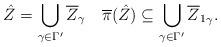
LaTeX: \begin{align*} \hat Z=\bigcup_{\gamma \in\Gamma'}\overline Z_\gamma \quad \overline \pi(\hat Z)\subseteq\bigcup_{\gamma\in\Gamma'}{\overline Z_1}_\gamma.\end{align*}